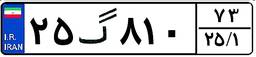
۲۵گ۸۱۰۷۳